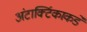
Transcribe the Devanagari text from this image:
अंटार्क्टिकाकडे